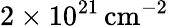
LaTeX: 2\times 10^{21}\, \mathrm{cm^{-2}}